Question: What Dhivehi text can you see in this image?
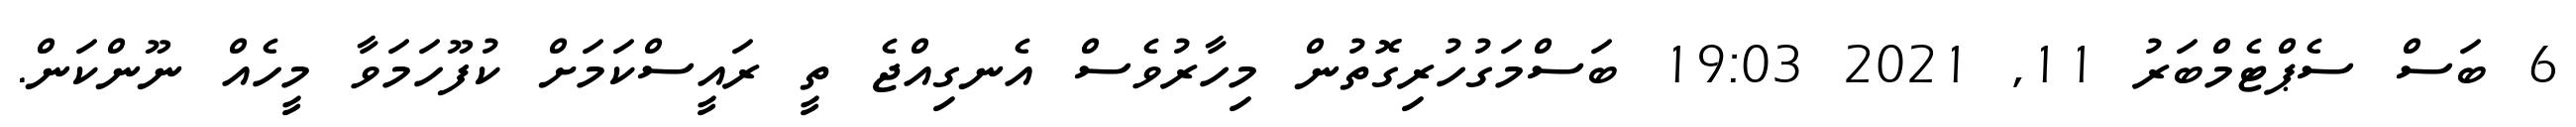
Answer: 6 ބަސް ސެޕްޓެމްބަރު 11, 2021 19:03 ބަސްމަގުހުރިގޮތުން މިހާރުވެސް އެނގިއްޖެ ތީ ރައީސްކަމަށް ކުފޫހަމަވާ މީހެއް ނޫންކަން.